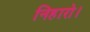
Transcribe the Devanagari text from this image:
निहारो।